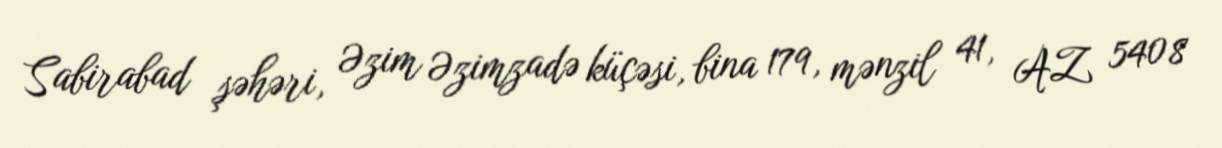
Sabirabad şəhəri, Əzim Əzimzadə küçəsi, bina 179, mənzil 41, AZ 5408